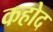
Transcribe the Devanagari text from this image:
कहोद